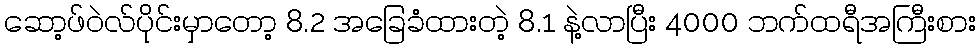
ဆော့ဖ်ဝဲလ်ပိုင်းမှာတော့ 8.2 အခြေခံထားတဲ့ 8.1 နဲ့လာပြီး 4000 ဘက်ထရီအကြီးစား